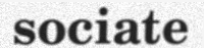
sociate